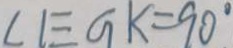
\angle E G K = 9 0 ^ { \circ }